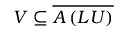
V \subseteq { \overline { { A \left( L U \right) } } }